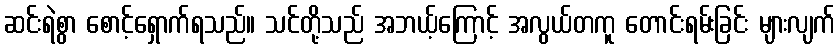
ဆင်းရဲစွာ စောင့်ရှောက်ရသည်။ သင်တို့သည် အဘယ့်ကြောင့် အလွယ်တကူ တောင်းရမ်းခြင်း များလျက်